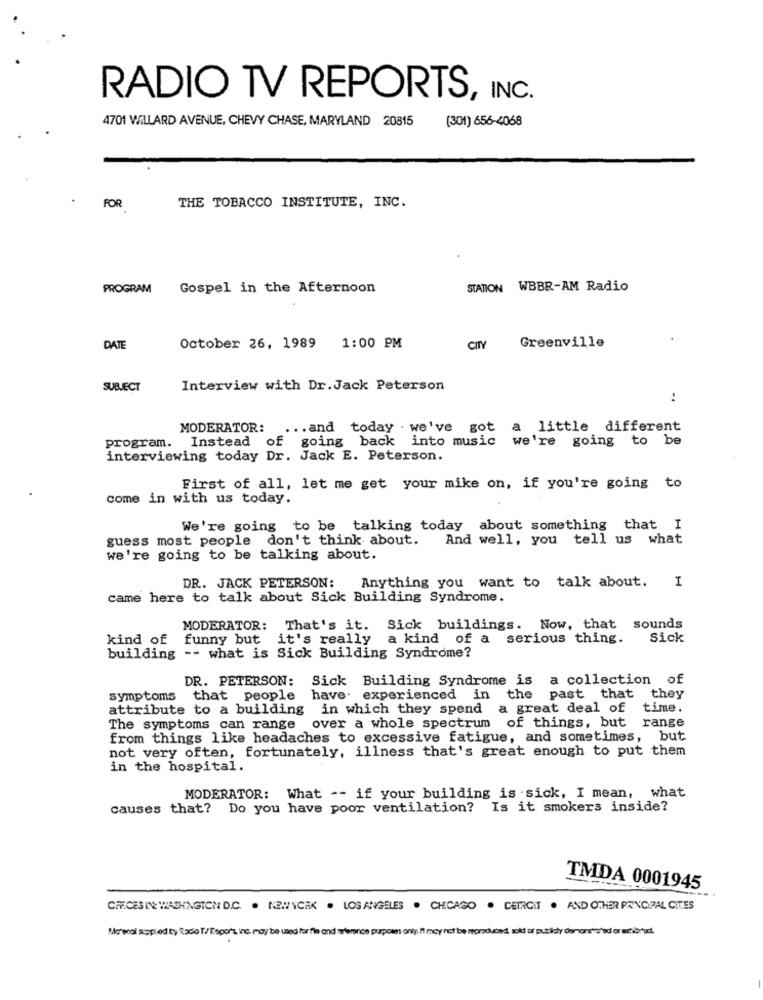
RADIO TV REPORTS, INC.
4701 WILLARD AVENUE, CHEVY CHASE, MARYLAND 20815
(301) 656-4068
FOR
THE TOBACCO INSTITUTE, INC.
PROGRAM
Gospel in the Afternoon
STATION WBBR-AM Radio
DATE
October 26, 1989 1:00 PM
CITY
Greenville
SUBJECT
Interview with Dr.Jack Peterson
..
MODERATOR:
... and today . we've got a little different
Instead of going back into music we're going to be
program.
interviewing today Dr. Jack E. Peterson.
First of all, let me get your mike on, if you're going to
come in with us today.
We're going to be talking today about something that I
guess most people don't think about.
And well, you tell us what
we're going to be talking about.
Anything you want to talk about. I
DR. JACK PETERSON:
came here to talk about Sick Building Syndrome.
MODERATOR: That's it. Sick buildings. Now, that sounds
kind of funny but it's really
a kind of a serious thing.
Sick
building -- what is Sick Building Syndrome?
DR. PETERSON: Sick Building Syndrome is a collection of
symptoms that people have experienced in the past that they
attribute to a building in which they spend a great deal of time.
The symptoms can range over a whole spectrum of things, but range
from things like headaches to excessive fatigue, and sometimes, but
not very often, fortunately, illness that's great enough to put them
in the hospital.
MODERATOR: What -- if your building is sick, I mean, what
causes that? Do you have poor ventilation? Is it smokers inside?
TMDA 0001945
CHF.CES IN WASHINGTON D.C. . NEWYORK . LOS ANGELES . CHICAGO . CEIRCIT . AND OTHER PRINCIPAL CITES
Meterol suplied by facio I/Export, Inc. may be used for file and whenince purposes only. It may not be reproduced, sold or publicly demons"s'ad or utbrud.